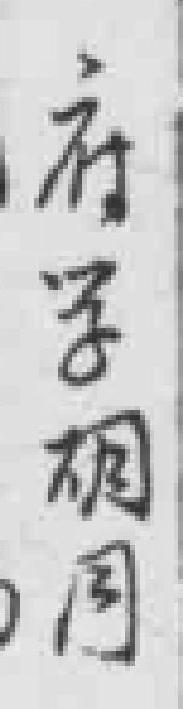
府学胡同